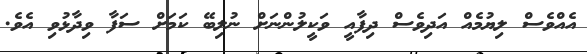
އެއްވެސް ލިޔުމެއް އަދިވެސް ދިފާއީ ވަކީލުންނަށް ނުލިބޭ ކަމަށް ސަފާ ވިދާޅުވި އެވެ.